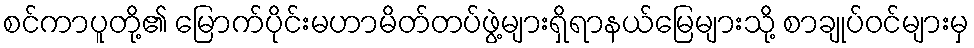
စင်ကာပူတို့၏ မြောက်ပိုင်းမဟာမိတ်တပ်ဖွဲ့များရှိရာနယ်မြေများသို့ စာချုပ်ဝင်များမှ